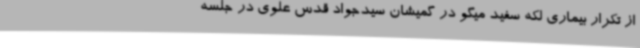
از تکرار بیماری لکه سفید میگو در گمیشان سیدجواد قدس علوی در جلسه